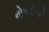
નોકરીથી